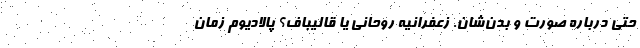
حتی درباره صورت و بدن‌شان. زعفرانیه روحانی یا قالیباف؟ پالادیوم زمان